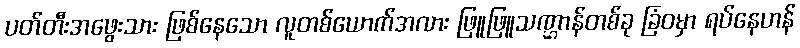
ပတ်တီးအဖွေးသား ဖြစ်နေသော လူတစ်ယောက်အလား ဖြူဖြူသဏ္ဌာန်တစ်ခု ခြံဝမှာ ရပ်နေဟန်